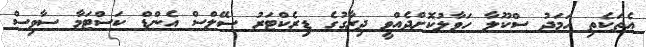
އެތަކެތި ހަމަދު ސްކޫލާ ހަވާލުކޮށްދެއްވީ ދިރާގުގެ ޑިރެކްޓަރު ސޭލްސް އެންޑް ކަސްޓަމާ ސާވިސް